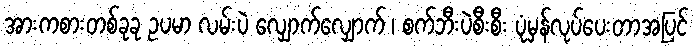
အားကစားတစ်ခုခု ဥပမာ လမ်းပဲ လျှောက်လျှောက် ၊ စက်ဘီးပဲစီးစီး ပုံမှန်လုပ်ပေးတာအပြင်